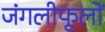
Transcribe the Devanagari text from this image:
जंगलीफूलों